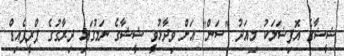
ޝީޝާގެ އޮފިޝަލަކު މިއަދު "ސަން" އަށް ވިދާޅުވީ ޝީޝާގެ ނަމުގައި ދިރާގުގެ ޕްރީޕެއިޑް